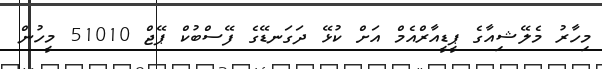
މިހާރު މެލޭޝިއާގެ ޕީޑީއާރްއެމް އަށް ކުޅޭ ދަގަނޑޭގެ ފޭސްބުކް ޕޭޖް 51010 މީހުން